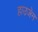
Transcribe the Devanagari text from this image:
हाउजेन